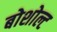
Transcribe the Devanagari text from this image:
बोशोल्ट